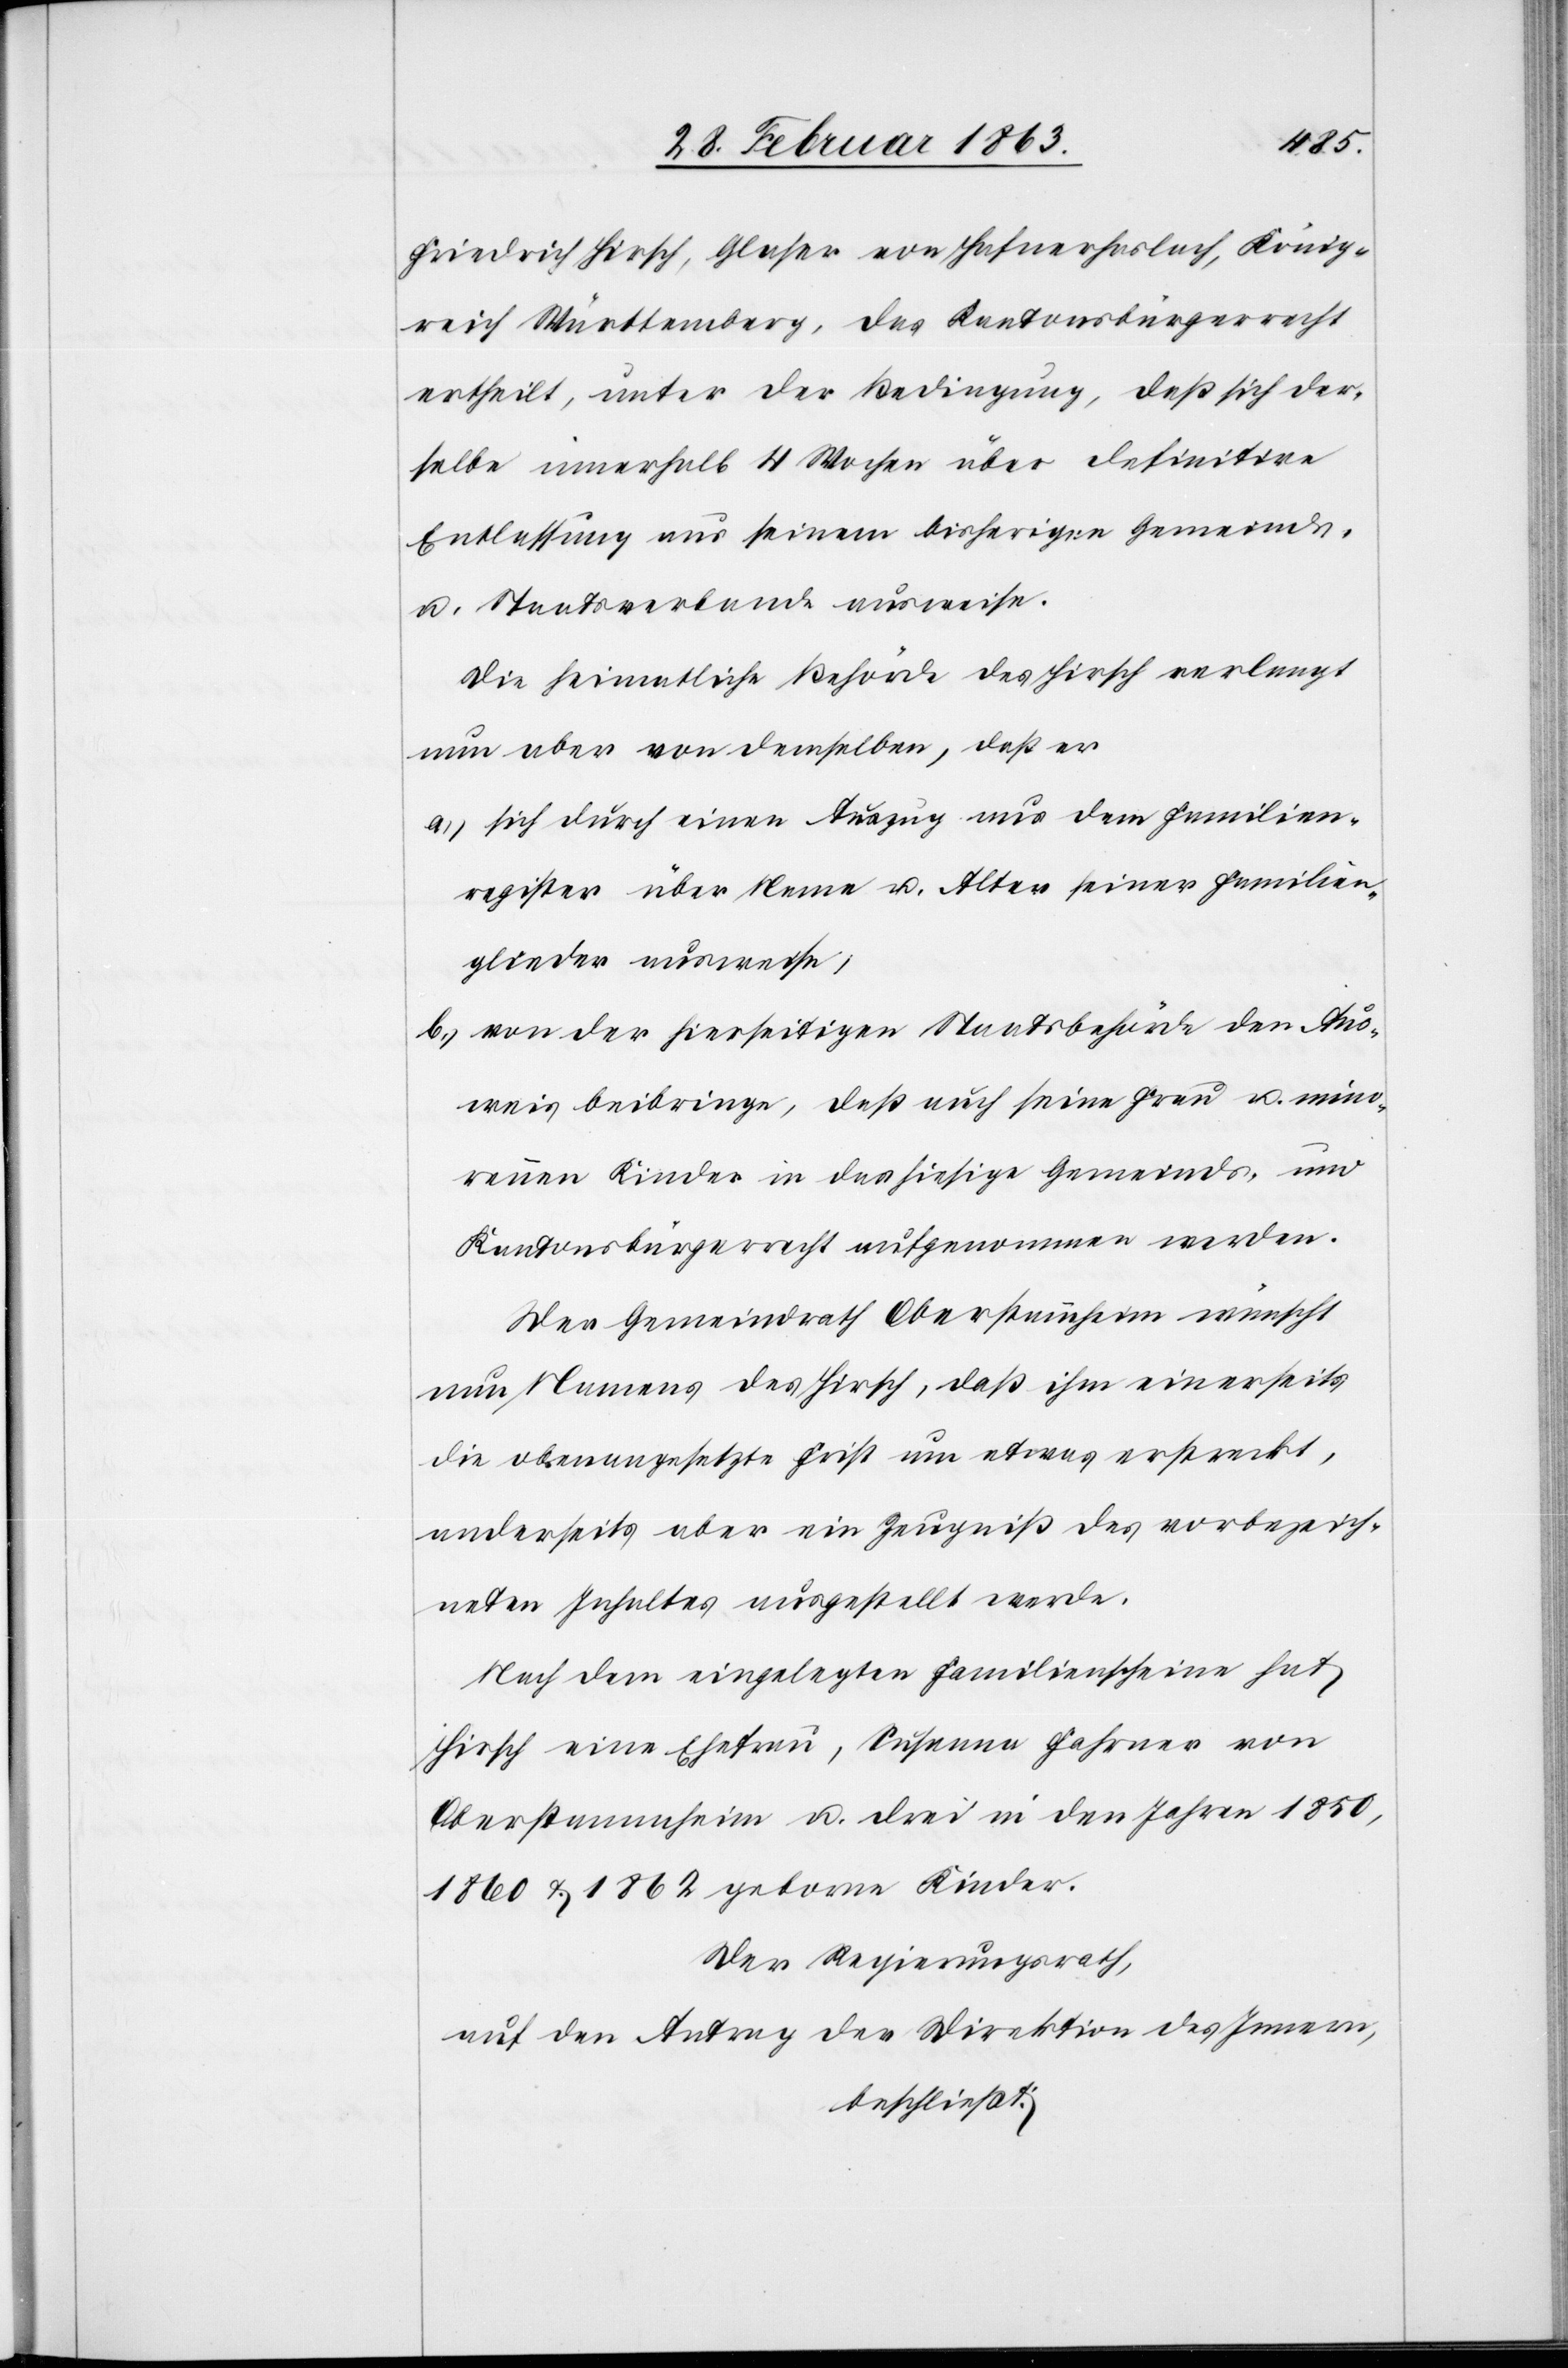
Friedrich Hirsch, Glaser von Hafnerhaslach, König¬
reich Württemberg, das Kantonsbürgerrecht
ertheilt, unter der Bedingung, daß sich der¬
selbe innerhalb 4 Wochen über definitive
Entlassung aus seinem bisherigen Gemeinds-
u. Staatsverbande ausweise.
Die heimatliche Behörde des Hirsch verlangt
nun aber von demselben, daß er
a.) sich durch einen Auszug aus dem Familien¬
register über Name u. Alter seiner Familien¬
glieder ausweise,
b.) von der hierseitigen Staatsbehörde den Aus¬
weis beibringe, daß auch seine Frau u. mino¬
rennen Kinder in das hiesige Gemeinds- und
Kantonsbürgerrecht aufgenommen werden.
Der Gemeindrath Oberstammheim wünscht
nun Namens des Hirsch, daß ihm einerseits
die obenangesetzte Frist um etwas erstreckt,
anderseits aber ein Zeugniß des vorbezeich¬
neten Inhaltes ausgestellt werde.
Nach dem eingelegten Familienscheine hat
Hirsch eine Ehefrau, Susanna Fahrner von
Oberstammheim u. drei in den Jahren 1850,
1860 & 1862 geborne Kinder.
Der Regierungsrath,
auf den Antrag der Direktion des Innern,
beschließt: